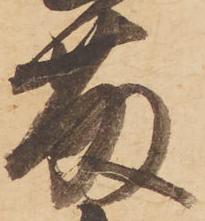
藤